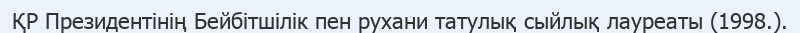
ҚР Президентінің Бейбітшілік пен рухани татулық сыйлық лауреаты (1998.).